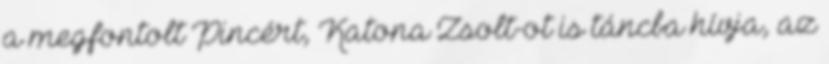
a megfontolt Pincért, Katona Zsolt-ot is táncba hívja, az